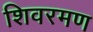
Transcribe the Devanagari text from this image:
शिवरमण